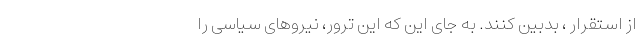
از استقرار ، بدبین کنند. به جای این که این ترور، نیروهای سیاسی را